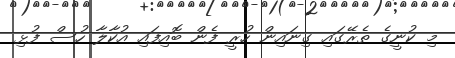
މި ކުނީގެ ތެރޭގައި ގިނައިން ހުރީ ފެން ބޮއިފައި އުކާލާ ހުސް ފުޅި